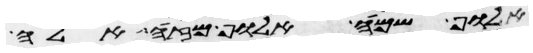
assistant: אלוף שמח אלוף מזה אלה